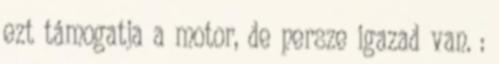
ezt támogatja a motor, de persze igazad van. :